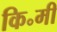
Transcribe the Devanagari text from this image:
कि॰मी